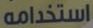
استخدامه